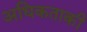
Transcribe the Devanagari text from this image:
अधिकताकी